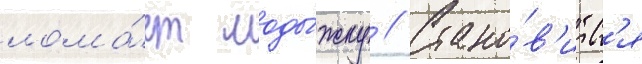
лома́ет лоды́жку // Стано́в'итс'я